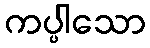
ကပ္ပါသော